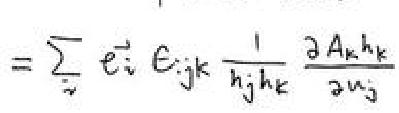
\[=\sum_{i} \vec{e}_{i} \epsilon_{i j k} \frac{1}{h_{j} h_{k}} \frac{\partial A_{k} h_{k}}{\partial u_{j}}\]